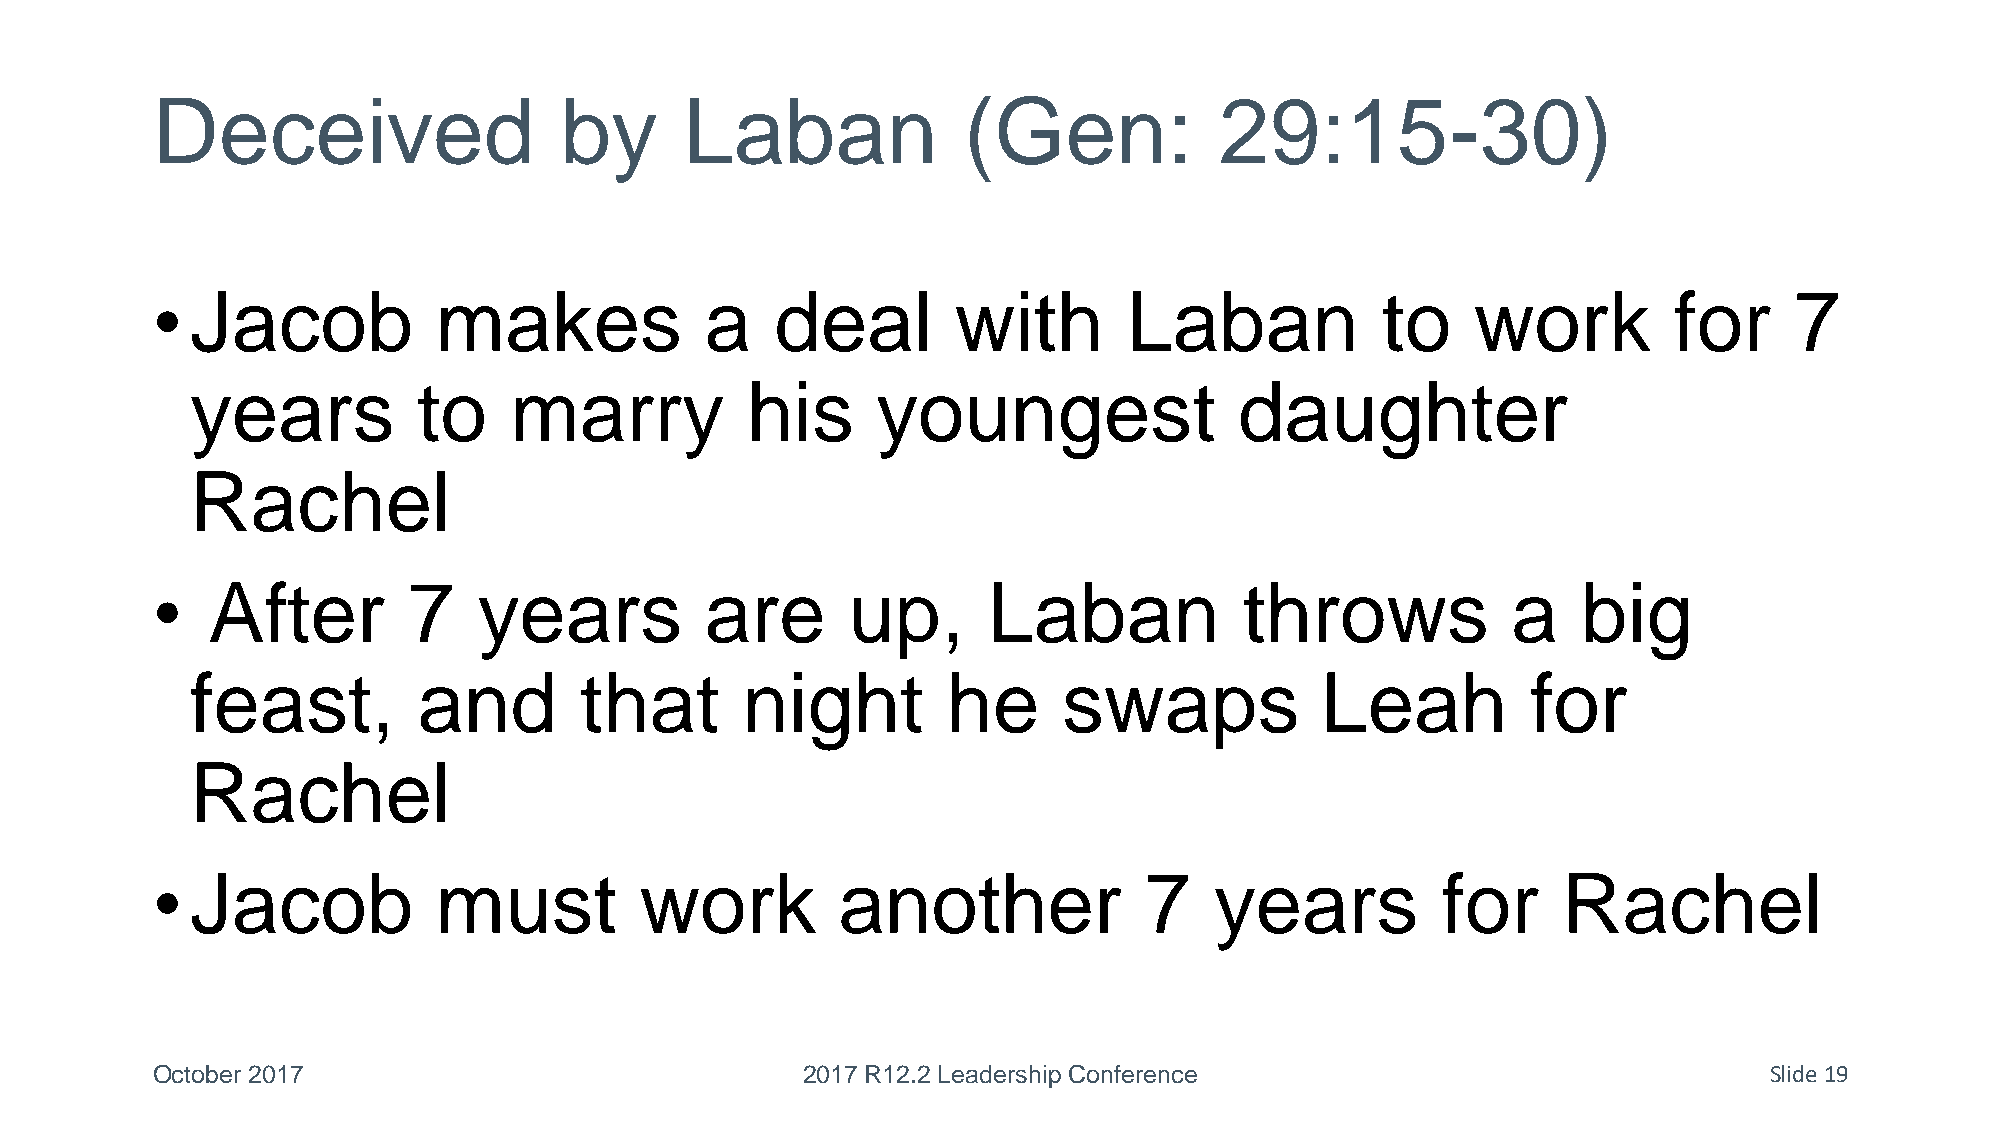
Deceived                   by      Laban              (Gen:            29:15-30)
 •  Jacob           makes             a   deal        with        Laban           to     work         for     7
 years          to    marry          his      youngest                daughter
 Rachel
 •   After        7    years          are      up,      Laban            throws            a    big
 feast,         and       that       night         he     swaps            Leah          for
 Rachel
 •  Jacob           must         work         another              7   years          for     Rachel
 October 2017                               2017 R12.2 Leadership Conference                                Slide 19